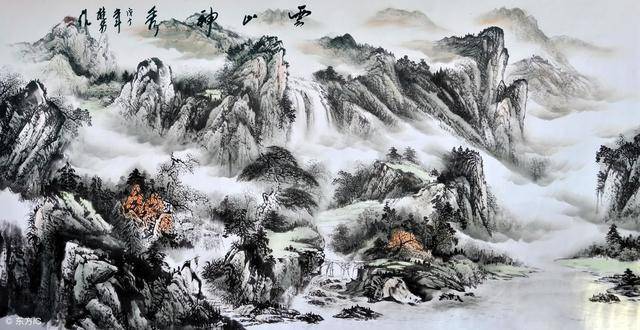
溪谷少人民，雪落何霏霏！